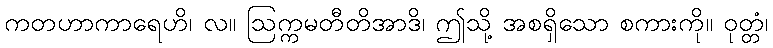
ကတဟာကာရေဟိ၊ လ။ ဩက္ကမတီတိအာဒိ၊ ဤသို့ အစရှိသော စကားကို။ ဝုတ္တံ၊